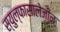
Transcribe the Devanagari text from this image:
स्युल्फासालेज़ीन